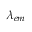
\lambda _ { e m }